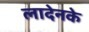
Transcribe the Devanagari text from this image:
लादेनके